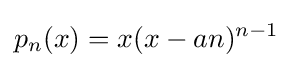
p_{n}(x)=x(x-an)^{n-1}